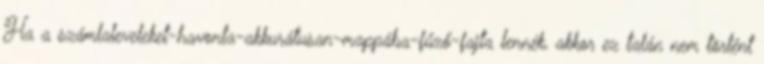
Ha a számlaleveleket-havonta-akkurátusan-mappába-fűző-fajta lennék, akkor ez talán nem történt